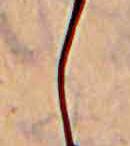
し